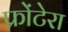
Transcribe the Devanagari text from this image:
फ्रोंटेरा